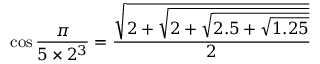
\cos { \frac { \pi } { 5 \times 2 ^ { 3 } } } = { \frac { \sqrt { 2 + { \sqrt { 2 + { \sqrt { 2 . 5 + { \sqrt { 1 . 2 5 } } } } } } } } { 2 } }